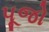
પૂજો